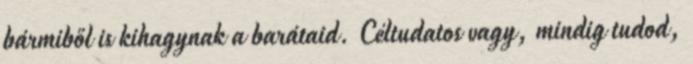
bármiből is kihagynak a barátaid. Céltudatos vagy, mindig tudod,